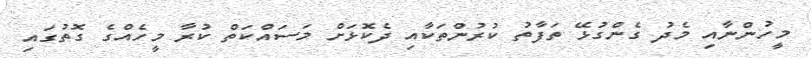
މީހުންނާއި މެދު ގެންގުޅޭ ތަފާތު ކުރުންތަކާއި ދެކޮޅަށް މަސައްކަތް ކުރާ މީހެެއްގެ ގޮތުގައި